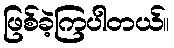
ဖြစ်ခဲ့ကြပါတယ်။